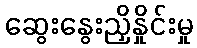
ဆွေးနွေးညှိနှိုင်းမှု